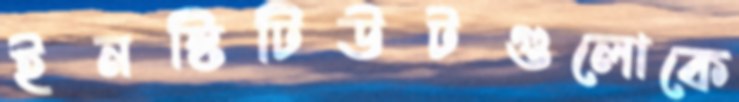
ইনস্টিটিউটগুলোকে